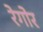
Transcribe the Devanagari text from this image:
रेगोर